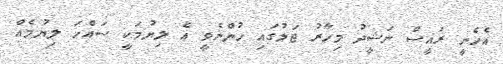
އެހެނީ ރައީސް ނަޝީދު މިހާރު ޖަލުގައި ހުންނެވީ އެ ލިޔުމަކީ ސައްހަ ލިޔުމެއް